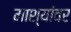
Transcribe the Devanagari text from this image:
माश्यांवर